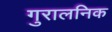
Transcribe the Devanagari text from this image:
गुरालनिक